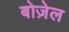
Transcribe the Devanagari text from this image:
बोज़ेल